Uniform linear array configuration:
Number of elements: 16
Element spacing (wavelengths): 1
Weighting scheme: uniform
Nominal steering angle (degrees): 30
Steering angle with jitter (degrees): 31.587
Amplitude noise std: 0.05
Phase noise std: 0.05

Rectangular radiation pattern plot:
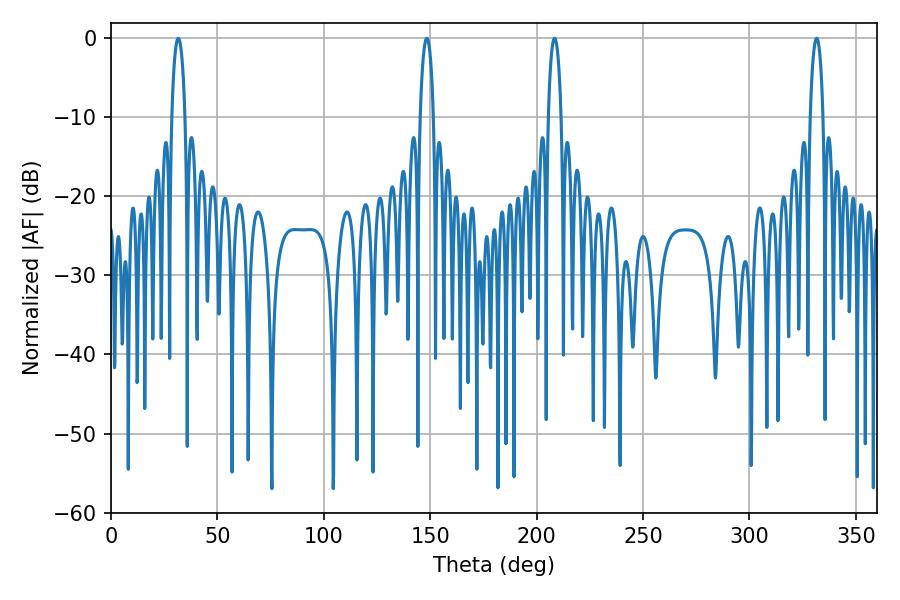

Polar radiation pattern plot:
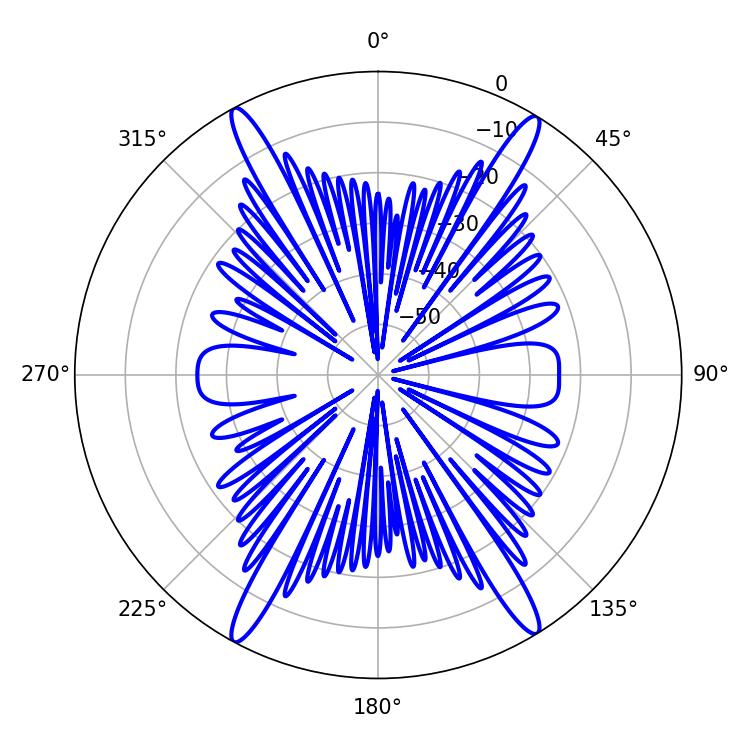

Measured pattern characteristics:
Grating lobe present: TRUE
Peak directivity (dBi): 22.766
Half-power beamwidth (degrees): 3.24
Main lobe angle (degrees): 331.56